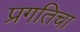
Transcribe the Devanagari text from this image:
प्रगतिचा